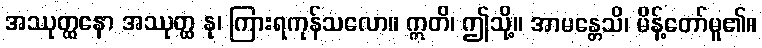
အဿုတ္ထနော အဿုတ္ထ နု၊ ကြားရကုန်သလော။ ဣတိ၊ ဤသို့။ အာမန္တေသိ၊ မိန့်တော်မူ၏။